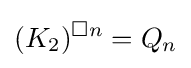
(K_{2})^{\square n}=Q_{n}